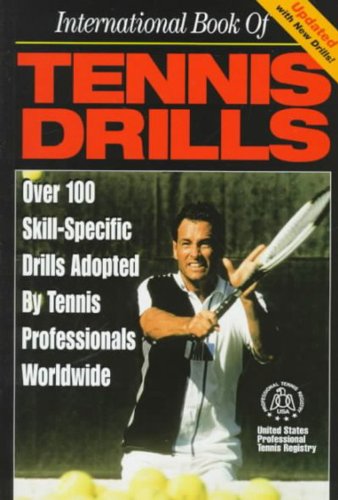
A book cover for International Book of Tennis Drills; Over 100 Skill-Specific Drills; United States Professional Tennis Registry; Sports & Outdoors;